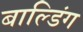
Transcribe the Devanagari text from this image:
बाल्डिंग